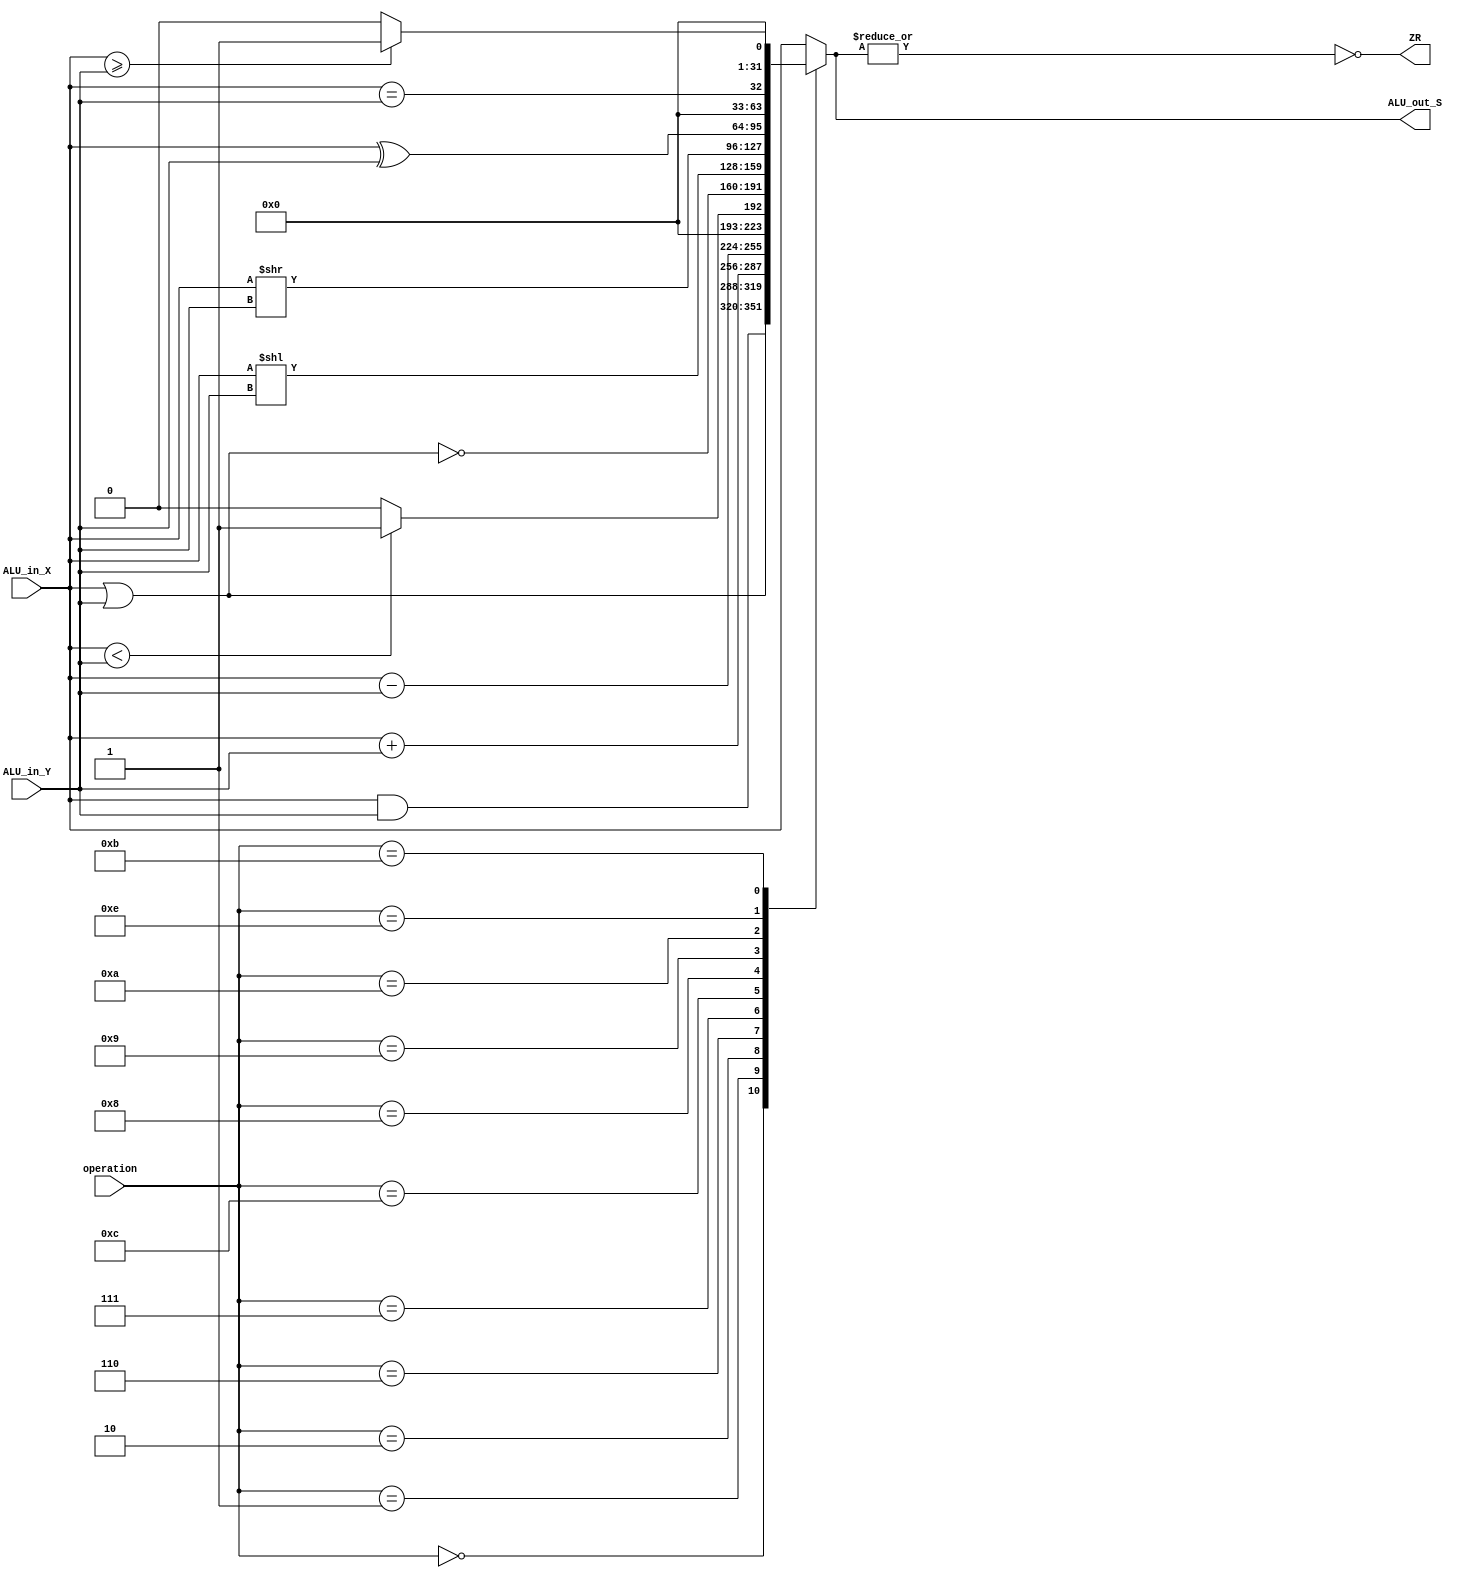
module ALU (
    input wire [3:0] operation,
    input wire [31:0] ALU_in_X,
    input wire [31:0] ALU_in_Y,
    output wire [31:0] ALU_out_S,
    output wire ZR
);

reg [31:0] ALU_Result;

assign ALU_out_S = ALU_Result;
assign ZR = ~( |ALU_Result );

always @(*) begin
    case(operation)
        4'b0000: // AND
            ALU_Result = ALU_in_X & ALU_in_Y ; 
        4'b0001: // OR
            ALU_Result = ALU_in_X | ALU_in_Y ;
        4'b0010: // Adio
            ALU_Result = ALU_in_X + ALU_in_Y;
        4'b0110: // Subtrao
            ALU_Result = ALU_in_X - ALU_in_Y;
        4'b0111: // SLT
            ALU_Result = (ALU_in_X < ALU_in_Y) ? 32'h1 : 32'h0;
        4'b1100: // NOR
            ALU_Result = ~(ALU_in_X | ALU_in_Y);
        4'b1000: // Shift Left (deslocamento  esquerda)
            ALU_Result = ALU_in_X << ALU_in_Y;
        4'b1001: // Shift Right (deslocamento  direita)
            ALU_Result = ALU_in_X >> ALU_in_Y;
        4'b1010: // XOR (OU exclusivo)
            ALU_Result = ALU_in_X ^ ALU_in_Y;
        4'b1110: // Igual
            ALU_Result = ALU_in_X == ALU_in_Y;
        4'b1011:
            ALU_Result = (ALU_in_X >= ALU_in_Y) ? 32'h1 : 32'h0;
        default: ALU_Result = ALU_in_X ; // Operao padro
    endcase
end
    
endmodule